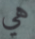
هي